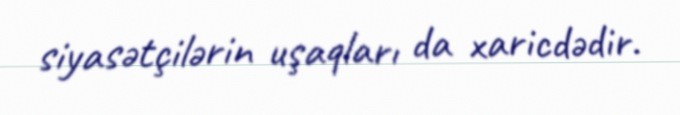
siyasətçilərin uşaqları da xaricdədir.